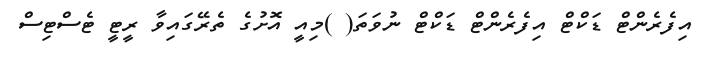
އިފެރެންޓް ޑަކްޓް އިފެރެންޓް ޑަކްޓް ނުވަތަ( )މިއީ އޮށުގެ ތެރޭގައިވާ ރީޓީ ޓެސްޓިސް